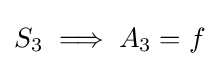
S_{3}\implies A_{3}=f